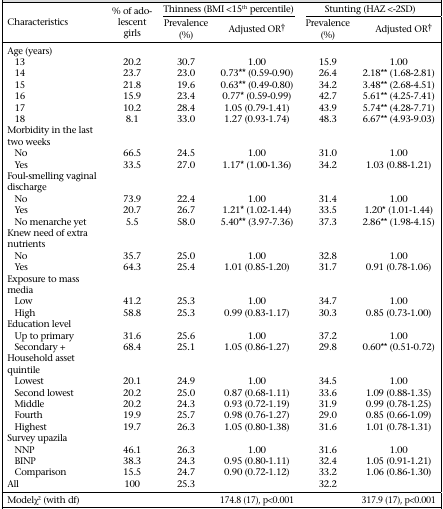
<table><thead><tr><td rowspan="2"><b>Characteristics</b></td><td rowspan="2"><b>% of adolescent girls</b></td><td colspan="2"><b>Thinness (BMI &lt;15<sup>th</sup> percentile)</b></td><td colspan="2"><b>Stunting (HAZ &lt;-2SD)</b></td></tr><tr><td><b>Prevalence (%)</b></td><td><b>Adjusted OR†</b></td><td><b>Prevalence (%)</b></td><td><b>Adjusted OR†</b></td></tr></thead><tbody><tr><td>Age (years)</td><td></td><td></td><td></td><td></td><td></td></tr><tr><td>13</td><td>20.2</td><td>30.7</td><td>1.00</td><td>15.9</td><td>1.00</td></tr><tr><td>14</td><td>23.7</td><td>23.0</td><td>0.73** (0.59–0.90)</td><td>26.4</td><td>2.18** (1.68–2.81)</td></tr><tr><td>15</td><td>21.8</td><td>19.6</td><td>0.63** (0.49–0.80)</td><td>34.2</td><td>3.48** (2.68–4.51)</td></tr><tr><td>16</td><td>15.9</td><td>23.4</td><td>0.77* (0.59–0.99)</td><td>42.7</td><td>5.61** (4.25–7.41)</td></tr><tr><td>17</td><td>10.2</td><td>28.4</td><td>1.05 (0.79–1.41)</td><td>43.9</td><td>5.74** (4.28–7.71)</td></tr><tr><td>18</td><td>8.1</td><td>33.0</td><td>1.27 (0.93–1.74)</td><td>48.3</td><td>6.67** (4.93–9.03)</td></tr><tr><td>Morbidity in the last two weeks</td><td></td><td></td><td></td><td></td><td></td></tr><tr><td>No</td><td>66.5</td><td>24.5</td><td>1.00</td><td>31.0</td><td>1.00</td></tr><tr><td>Yes</td><td>33.5</td><td>27.0</td><td>1.17* (1.00–1.36)</td><td>34.2</td><td>1.03 (0.88–1.21)</td></tr><tr><td>Foul-smelling vaginal discharge</td><td></td><td></td><td></td><td></td><td></td></tr><tr><td>No</td><td>73.9</td><td>22.4</td><td>1.00</td><td>31.4</td><td>1.00</td></tr><tr><td>Yes</td><td>20.7</td><td>26.7</td><td>1.21* (1.02–1.44)</td><td>33.5</td><td>1.20* (1.01–1.44)</td></tr><tr><td>No menarche yet</td><td>5.5</td><td>58.0</td><td>5.40** (3.97–7.36)</td><td>37.3</td><td>2.86** (1.98–4.15)</td></tr><tr><td>Knew need of extra nutrients</td><td></td><td></td><td></td><td></td><td></td></tr><tr><td>No</td><td>35.7</td><td>25.0</td><td>1.00</td><td>32.8</td><td>1.00</td></tr><tr><td>Yes</td><td>64.3</td><td>25.4</td><td>1.01 (0.85–1.20)</td><td>31.7</td><td>0.91 (0.78–1.06)</td></tr><tr><td>Exposure to mass media</td><td></td><td></td><td></td><td></td><td></td></tr><tr><td>Low</td><td>41.2</td><td>25.3</td><td>1.00</td><td>34.7</td><td>1.00</td></tr><tr><td>High</td><td>58.8</td><td>25.3</td><td>0.99 (0.83–1.17)</td><td>30.3</td><td>0.85 (0.73–1.00)</td></tr><tr><td>Education level</td><td></td><td></td><td></td><td></td><td></td></tr><tr><td>Up to primary</td><td>31.6</td><td>25.6</td><td>1.00</td><td>37.2</td><td>1.00</td></tr><tr><td>Secondary +</td><td>68.4</td><td>25.1</td><td>1.05 (0.86–1.27)</td><td>29.8</td><td>0.60** (0.51–0.72)</td></tr><tr><td>Household asset quintile</td><td></td><td></td><td></td><td></td><td></td></tr><tr><td>Lowest</td><td>20.1</td><td>24.9</td><td>1.00</td><td>34.5</td><td>1.00</td></tr><tr><td>Second lowest</td><td>20.2</td><td>25.0</td><td>0.87 (0.68–1.11)</td><td>33.6</td><td>1.09 (0.88–1.35)</td></tr><tr><td>Middle</td><td>20.2</td><td>24.3</td><td>0.93 (0.72–1.19)</td><td>31.9</td><td>0.99 (0.78–1.25)</td></tr><tr><td>Fourth</td><td>19.9</td><td>25.7</td><td>0.98 (0.76–1.27)</td><td>29.0</td><td>0.85 (0.66–1.09)</td></tr><tr><td>Highest</td><td>19.7</td><td>26.3</td><td>1.05 (0.80–1.38)</td><td>31.6</td><td>1.01 (0.78–1.31)</td></tr><tr><td>Survey upazila</td><td></td><td></td><td></td><td></td><td></td></tr><tr><td>NNP</td><td>46.1</td><td>26.3</td><td>1.00</td><td>31.6</td><td>1.00</td></tr><tr><td>BINP</td><td>38.3</td><td>24.3</td><td>0.95 (0.80–1.11)</td><td>32.4</td><td>1.05 (0.91–1.21)</td></tr><tr><td>Comparison</td><td>15.5</td><td>24.7</td><td>0.90 (0.72–1.12)</td><td>33.2</td><td>1.06 (0.86–1.30)</td></tr><tr><td>All</td><td>100</td><td>25.3</td><td></td><td>32.2</td><td></td></tr><tr><td>Modelχ<sup>2</sup> (with df)</td><td></td><td>174.8 (17), p&lt;0.001</td><td></td><td>317.9 (17), p&lt;0.001</td></tr></tbody></table>